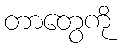
တာတွေကို